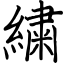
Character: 繍